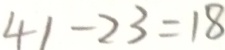
4 1 - 2 3 = 1 8